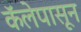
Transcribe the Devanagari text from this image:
कॅलेपासून